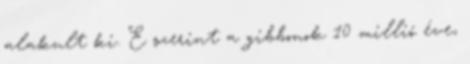
alakult ki. E szerint a gibbonok 10 millió éve,